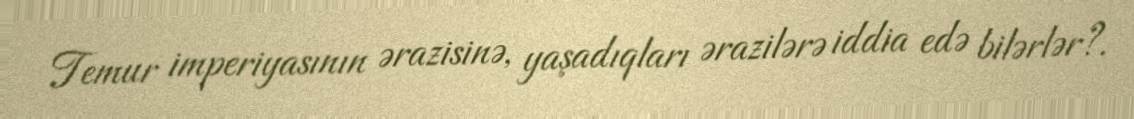
Temur imperiyasının ərazisinə, yaşadıqları ərazilərə iddia edə bilərlər?.